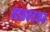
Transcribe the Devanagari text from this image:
माळवदकर